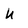
Character: U